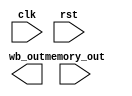
module memory_writeBack(clk,rst,memory_out,wb_out);
input clk,rst;
input [15:0] memory_out;
output [15:0] wb_out;
reg [15:0] temp_reg;
always@(posedge clk)begin
	if(rst) temp_reg=0;
	else
		temp_reg = ins_out;
end
endmodule